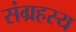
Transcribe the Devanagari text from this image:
संग्रहस्य